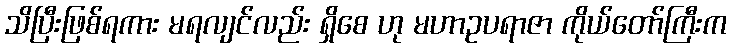
သိပြီးဖြစ်ရကား မရလျင်လည်း ရှိစေ ဟု မဟာဥပရာဇာ ကိုယ်တော်ကြီးက